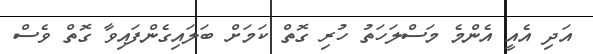
އަދި އެއީ އެންމެ މަސްލަހަތު ހުރި ގޮތް ކަމަށް ބަލައިގެންފައިވާ ގޮތް ވެސް